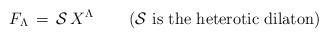
LaTeX: \begin{align*}F_\Lambda \, = \, {\cal S} \, X^\Lambda \quad \quad \left(\mbox{${\cal S}$ is the heterotic dilaton}\right)\end{align*}